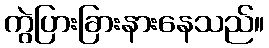
ကွဲပြားခြားနားနေသည်။